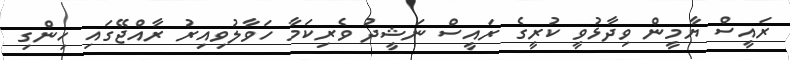
ރައީސް ޔާމީން ވިދާޅުވީ ކުރީގެ ރައީސް ނަޝީދު ވެރިކަމާ ހަވާލުވިއިރު ރާއްޖޭގައި ހިންގި